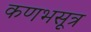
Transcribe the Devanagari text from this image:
कणभसूत्र